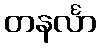
တနင်္လာ